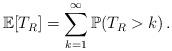
LaTeX: \begin{align*}\mathbb{E}[T_R]=\sum_{k=1}^{\infty}\mathbb{P}(T_R>k)\, .\end{align*}